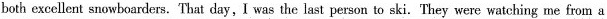
both excellent snowboarders.That day, I was the last person to ski. They were watching me from a